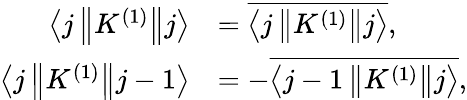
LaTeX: {\begin{array}{rl}{\left\langle j\left\| K^{(1)}\right\| j\right\rangle}&{={\overline{{\left\langle j\left\| K^{(1)}\right\| j\right\rangle}}},}\\ {\left\langle j\left\| K^{(1)}\right\| j-1\right\rangle}&{=-{\overline{{\left\langle j-1\left\| K^{(1)}\right\| j\right\rangle}}},}\end{array}}